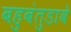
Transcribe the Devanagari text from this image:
बहुबंतुडावे